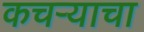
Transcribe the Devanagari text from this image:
कचऱ्याचा